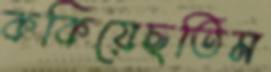
ককিয়েছতিম